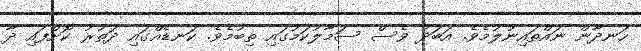
ހަނދާން ނައްތައިނުލުމެވެ. އަބަދު ވެސް ސަމާލުކަމުގައި ތިބުމެވެ. ކަނޑެއްގައި ދަތުރު ކޮށްފައި ދާ